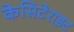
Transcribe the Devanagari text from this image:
केसिटेराइट